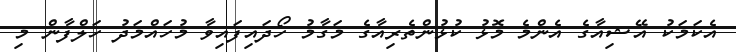
އެކަމަކު އޭޝިއާގެ އެންމެ މޮޅު ކުޅުންތެރިއާގެ މަގާމު ހޯދައިފައިވާ މުހައްމަދު ހަލްފާން މި